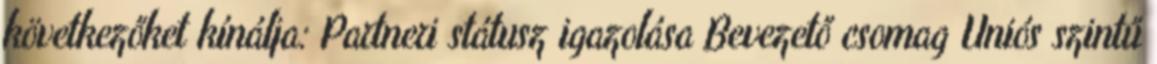
következőket kínálja: Partneri státusz igazolása Bevezető csomag Uniós szintű